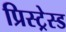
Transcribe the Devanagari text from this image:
प्रिस्ट्रेस्ड